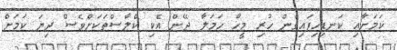
ކަމަށާއި ކަނޑިހިފައިގެން ހުރި މީހާ ހަމަލާ ދޭން އެކި ކްލާސްތަކަށްވެސް ދިޔަ ކަމަށް